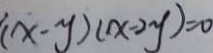
( x - y ) ( x - 2 y ) = 0